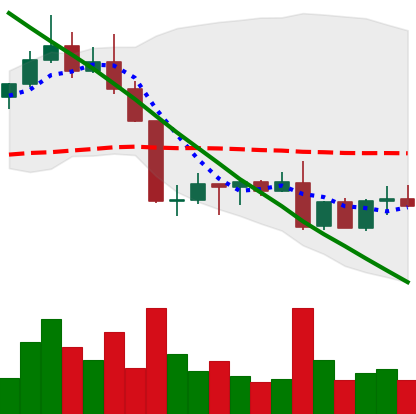
Ticker: ADA-USD
Chart end date: 2022-08-31
Forward return: 11.744%
Label: up_7plus